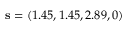
\mathbf { s } = ( 1 . 4 5 , 1 . 4 5 , 2 . 8 9 , 0 )